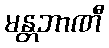
မန္တဘာဏီ